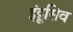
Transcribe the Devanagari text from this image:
इंट्रूसिव